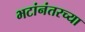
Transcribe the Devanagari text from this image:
भटांनंतरच्या